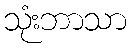
သုံးဘာသာ